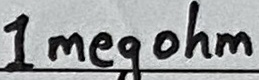
Text: 1 megohm